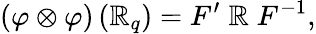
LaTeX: \left(\varphi\otimes\varphi\right)\left(\mathbb{R}_{q}\right)=F^{\prime}\; \mathbb{R}\; F^{-1},